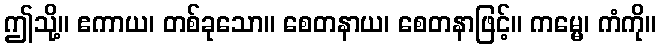
ဤသို့။ ဧကာယ၊ တစ်ခုသော။ စေတနာယ၊ စေတနာဖြင့်။ ကမ္မေ၊ ကံကို။